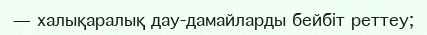
—	халықаралық дау-дамайларды бейбіт реттеу;